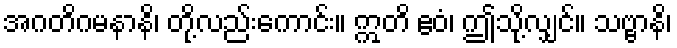
အဂတိဂမနာနိ၊ တို့လည်းကောင်း။ ဣတိ ဧဝံ၊ ဤသို့လျှင်။ သဗ္ဗာနိ၊